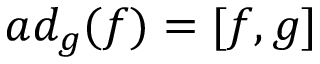
a d _ { g } ( f ) = [ f , g ]